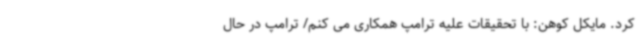
کرد. مایکل کوهن: با تحقیقات علیه ترامپ همکاری می کنم/ ترامپ در حال